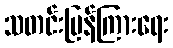
သတင်းပြန်ကြားရေး